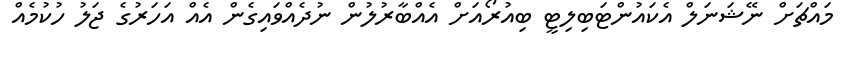
މައްޗަށް ނޭޝަނަލް އެކައުންޓަބިލިޓީ ބިއުރޯއަށް އެއްބާރުލުން ނުދެއްވައިގެން އެއް އަހަރުގެ ޖަލު ހުކުމެއް